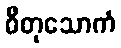
ဓီတုသောကံ